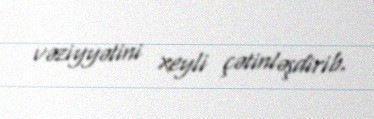
vəziyyətini xeyli çətinləşdirib.